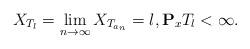
LaTeX: \begin{align*}X_{T_l}=\lim_{n\rightarrow \infty} X_{T_{a_n}}=l,\mathbf{P}_xT_l<\infty. \end{align*}